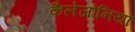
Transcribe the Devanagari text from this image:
कैलेजोनिया